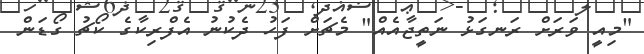
"މިއީ ވަރަށް ރަނގަޅު ނަތީޖާއެއް" މެޗަށް ފަހު ދެކުނު އެފްރިކާގެ ކޯޗު ގޯޑަން